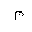
Letter: _mim